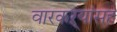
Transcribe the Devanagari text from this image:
वारकऱ्यांसह